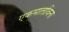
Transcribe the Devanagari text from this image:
एकमाताविना